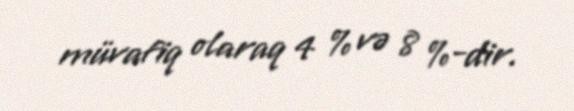
müvafiq olaraq 4 % və 8 %-dir.